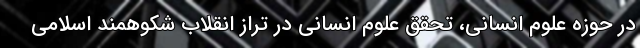
در حوزه علوم انسانی، تحقق علوم انسانی در تراز انقلاب شکوهمند اسلامی